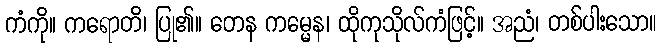
ကံကို။ ကရောတိ၊ ပြု၏။ တေန ကမ္မေန၊ ထိုကုသိုလ်ကံဖြင့်။ အညံ၊ တစ်ပါးသော။